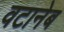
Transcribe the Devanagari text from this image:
वटानेब